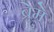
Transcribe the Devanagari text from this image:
ब्रेमे